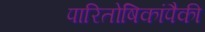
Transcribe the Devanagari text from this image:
पारितोषिकांपैकी